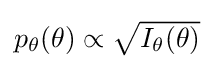
{\textstyle p_{\theta }(\theta )\propto {\sqrt {I_{\theta }(\theta )}}}